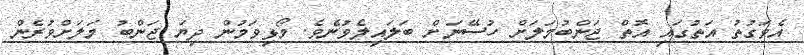
އެވަގުތު އަތުގައި އޮތް ޖަންބުމަލަށް ހުސޭނަށް ބަލައިލެވުނެވެ. މޯޅިވަމުން ދިޔަ ޖަންބު މަލަށްވުރެން